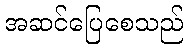
အဆင်ပြေစေသည်